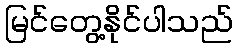
မြင်တွေ့နိုင်ပါသည်